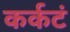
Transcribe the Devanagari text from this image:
कर्कटं